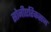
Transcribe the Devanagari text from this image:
सोनीएरिकसन